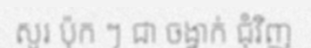
សូរ ប៉ុក ៗ ជា ចង្វាក់ ជុំវិញ